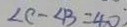
\angle C - \angle B = 4 0